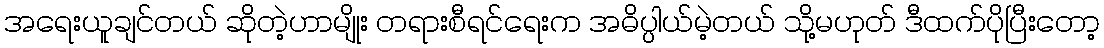
အရေးယူချင်တယ် ဆိုတဲ့ဟာမျိုး တရားစီရင်ရေးက အဓိပ္ပါယ်မဲ့တယ် သို့မဟုတ် ဒီထက်ပိုပြီးတော့